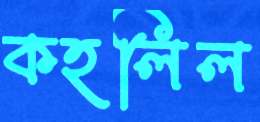
কহলিল